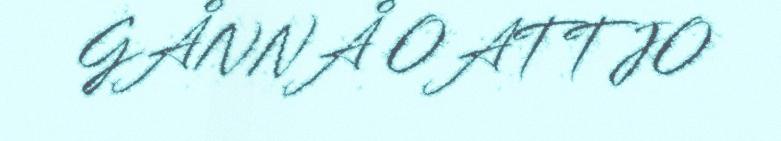
GÅNNÅ OATTJO